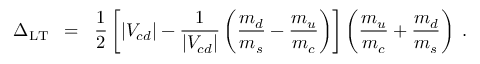
\Delta _ { \mathrm { L T } } \; \; = \; \; \frac { 1 } { 2 } \left[ | V _ { c d } | - \frac { 1 } { | V _ { c d } | } \left( \frac { m _ { d } } { m _ { s } } - \frac { m _ { u } } { m _ { c } } \right) \right] \left( \frac { m _ { u } } { m _ { c } } + \frac { m _ { d } } { m _ { s } } \right) \; .